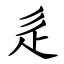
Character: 辵